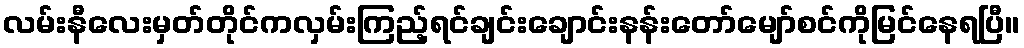
လမ်းနီလေးမှတ်တိုင်ကလှမ်းကြည့်ရင်ချင်းချောင်းနန်းတော်မျော်စင်ကိုမြင်နေရပြီ။